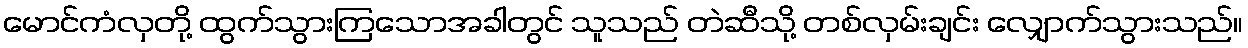
မောင်ကံလှတို့ ထွက်သွားကြသောအခါတွင် သူသည် တဲဆီသို့ တစ်လှမ်းချင်း လျှောက်သွားသည်။